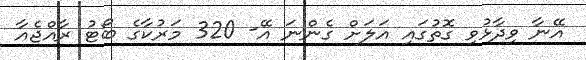
އޭނާ ވިދާޅުވި ގޮތުގައި އަލަށް ގެންނަ އޭ- 320 މަރުކާގެ ބޯޓު ރާއްޖެއާ